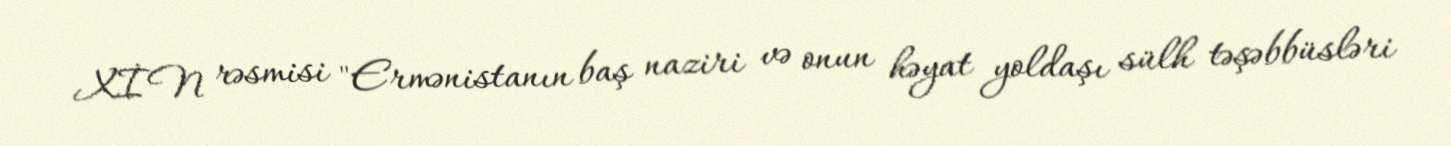
XİN rəsmisi "Ermənistanın baş naziri və onun həyat yoldaşı sülh təşəbbüsləri